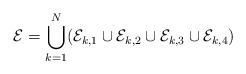
\begin{align*}\mathcal{E}=\bigcup_{k=1}^{N}(\mathcal{E}_{k,1}\cup \mathcal{E}_{k,2} \cup \mathcal{E}_{k,3}\cup \mathcal{E}_{k,4})\end{align*}